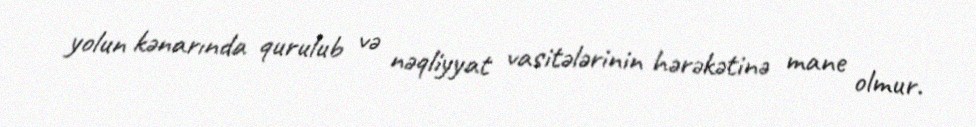
yolun kənarında qurulub və nəqliyyat vasitələrinin hərəkətinə mane olmur.